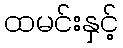
ထမင်းနှင့်